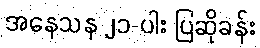
အနေသန ၂၁-ပါး ပြဆိုခန်း